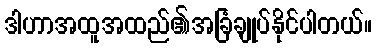
ဒါဟာအထူအထည်၏အခြံချုပ်နိုင်ပါတယ်။